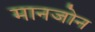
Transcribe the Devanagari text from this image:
मानजोन